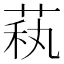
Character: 萟